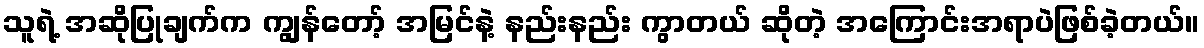
သူရဲ့ အဆိုပြုချက်က ကျွန်တော့် အမြင်နဲ့ နည်းနည်း ကွာတယ် ဆိုတဲ့ အကြောင်းအရာပဲဖြစ်ခဲ့တယ်။